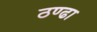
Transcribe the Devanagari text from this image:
ठण्ढा